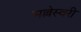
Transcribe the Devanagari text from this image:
मल्लेस्वरी